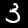
Digit: 3